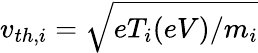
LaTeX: v_{th,i}=\sqrt{eT_{i}(eV)/m_{i}}